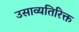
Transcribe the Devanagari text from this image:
उसाव्यतिरिक्त